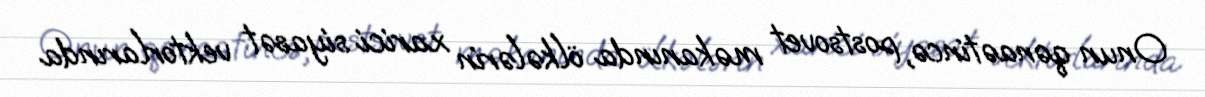
Onun qənaətincə, postsovet məkanında ölkələrin xarici siyasət vektorlarında